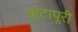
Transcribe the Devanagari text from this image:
वोटापूरी